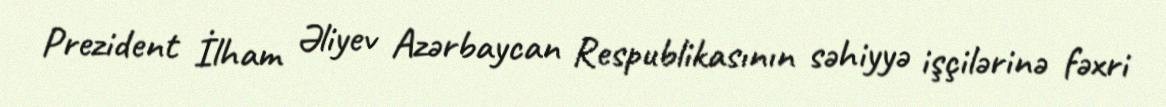
Prezident İlham Əliyev Azərbaycan Respublikasının səhiyyə işçilərinə fəxri